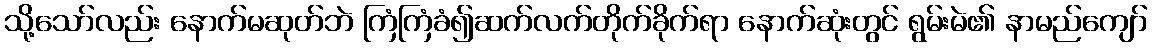
သို့သော်လည်း နောက်မဆုတ်ဘဲ ကြံကြံခံ၍ဆက်လက်တိုက်ခိုက်ရာ နောက်ဆုံးတွင် ရွမ်းမဲ၏ နာမည်ကျော်